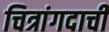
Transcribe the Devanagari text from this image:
चित्रांगदाची